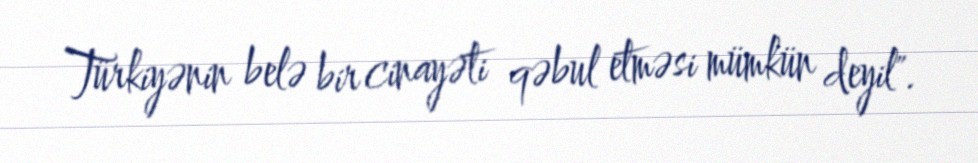
Türkiyənin belə bir cinayəti qəbul etməsi mümkün deyil".